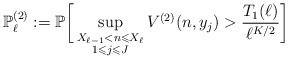
LaTeX: \begin{align*} \mathbb{P}^{(2)}_{\ell} := \mathbb{P}\bigg[ \sup_{\substack{ X_{\ell-1} < n\leqslant X_{\ell} \\1 \leqslant j\leqslant J }} V^{(2)}(n,y_j)> \frac{T_1(\ell)}{\ell^{K/2}} \bigg]\end{align*}